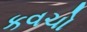
કવચો